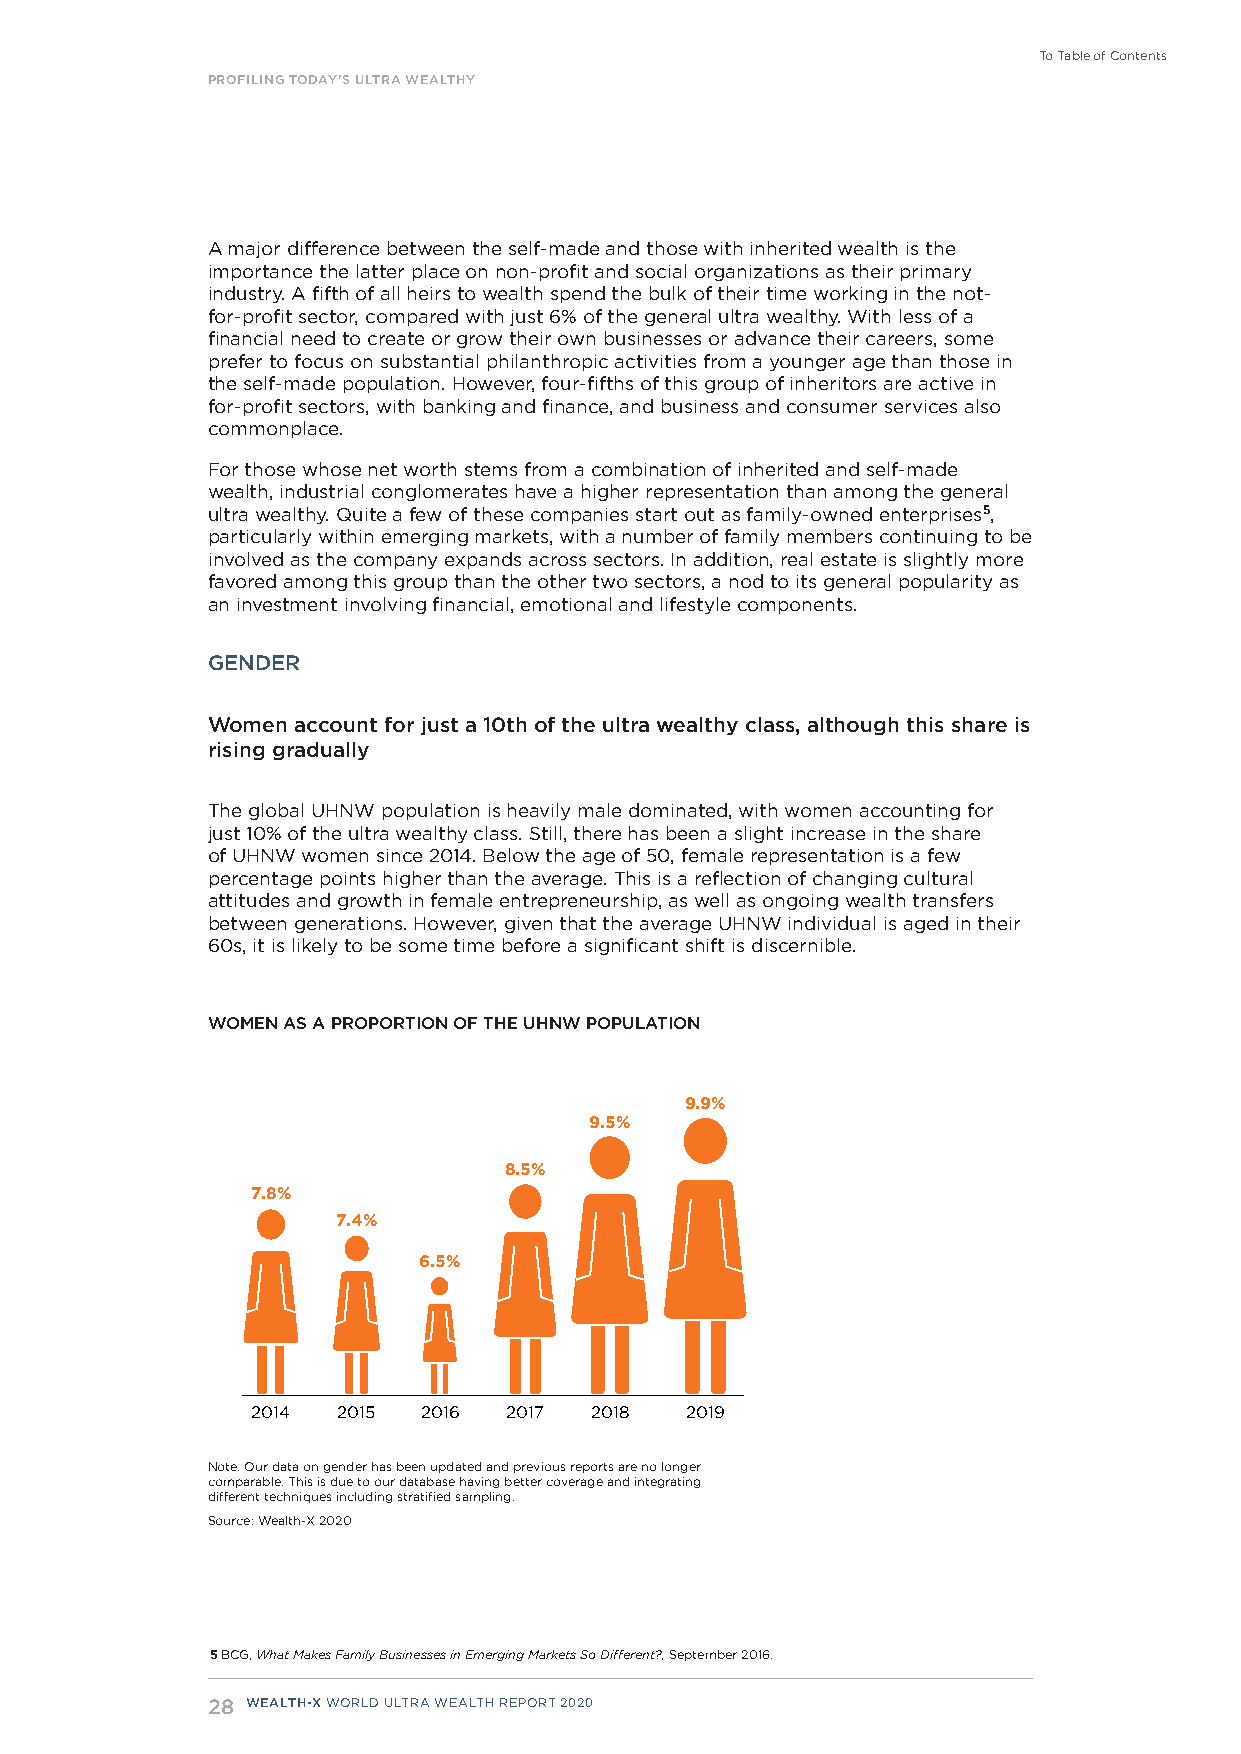
To Table of Contents
 PROFILING TODAY’S ULTRA WEALTHY
 A major difference between the self-made and those with inherited wealth is the
 importance the latter place on non-profit and social organizations as their primary
 industry. A fifth of all heirs to wealth spend the bulk of their time working in the not-
 for-profit sector, compared with just 6% of the general ultra wealthy. With less of a
 financial need to create or grow their own businesses or advance their careers, some
 prefer to focus on substantial philanthropic activities from a younger age than those in
 the self-made population. However, four-fifths of this group of inheritors are active in
 for-profit sectors, with banking and finance, and business and consumer services also
 commonplace.
 For those whose net worth stems from a combination of inherited and self-made
 wealth, industrial conglomerates have a higher representation than among the general
 ultra wealthy. Quite a few of these companies start out as family-owned enterprises5,
 particularly within emerging markets, with a number of family members continuing to be
 involved as the company expands across sectors. In addition, real estate is slightly more
 favored among this group than the other two sectors, a nod to its general popularity as
 an investment involving financial, emotional and lifestyle components.
 GENDER
 Women account for just a 10th of the ultra wealthy class, although this share is
 rising gradually
 The global UHNW population is heavily male dominated, with women accounting for
 just 10% of the ultra wealthy class. Still, there has been a slight increase in the share
 of UHNW women since 2014. Below the age of 50, female representation is a few
 percentage points higher than the average. This is a reflection of changing cultural
 attitudes and growth in female entrepreneurship, as well as ongoing wealth transfers
 between generations. However, given that the average UHNW individual is aged in their
 60s, it is likely to be some time before a significant shift is discernible.
 WOMEN AS A PROPORTION OF THE UHNW POPULATION
 9.9%
 9.5%
 8.5%
 7.8%
 7.4%
 6.5%
 2014 2015  2016  2017 2018  2019
 Note. Our data on gender has been updated and previous reports are no longer
 comparable. This is due to our database having better coverage and integrating
 different techniques including stratified sampling.
 Source: Wealth-X 2020
 5 BCG, What Makes Family Businesses in Emerging Markets So Different?, September 2016.
 28 WEALTH-X WORLD ULTRA WEALTH REPORT 2020